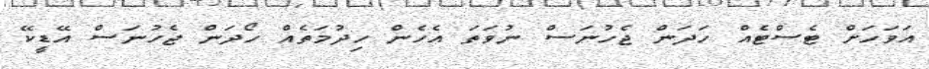
އަވަހަށް ޓެސްޓެއް ހަދަން ޖެހުނަސް ނުވަތަ އެހެން ހިދުމަތެއް ހޯދަން ޖެހުނަސް އޭޑީކޭ